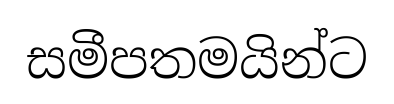
සමීපතමයින්ට